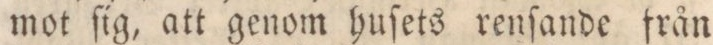
mot ſig, att genom huſets renſande från